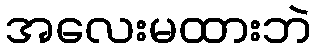
အလေးမထားဘဲ